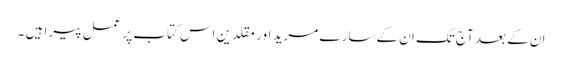
ان کے بعد آج تک ان کے سارے مرید اور مقلدین اس کتاب پر عمل پیرا ہیں ۔